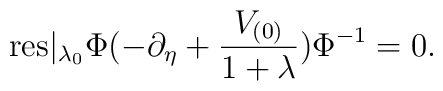
\mbox{res}|_{\lambda _{0}}\Phi(-\partial_{\eta}+\frac{V_{(0)}}{1+\lambda })\Phi ^{-1}=0 .